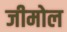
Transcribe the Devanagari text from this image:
जीमोल